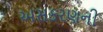
અસકરણની